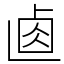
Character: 𠧴